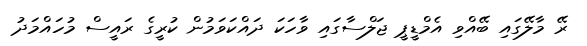
ރޭ މާލޭގައި ބޭއްވި އެމްޑީޕީ ޖަލްސާގައި ވާހަކަ ދައްކަވަމުން ކުރީގެ ރައީސް މުހައްމަދު